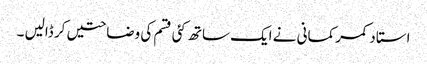
استاد کمر کمانی نے ایک ساتھ کئی قسم کی وضاحتیں کر ڈالیں ۔